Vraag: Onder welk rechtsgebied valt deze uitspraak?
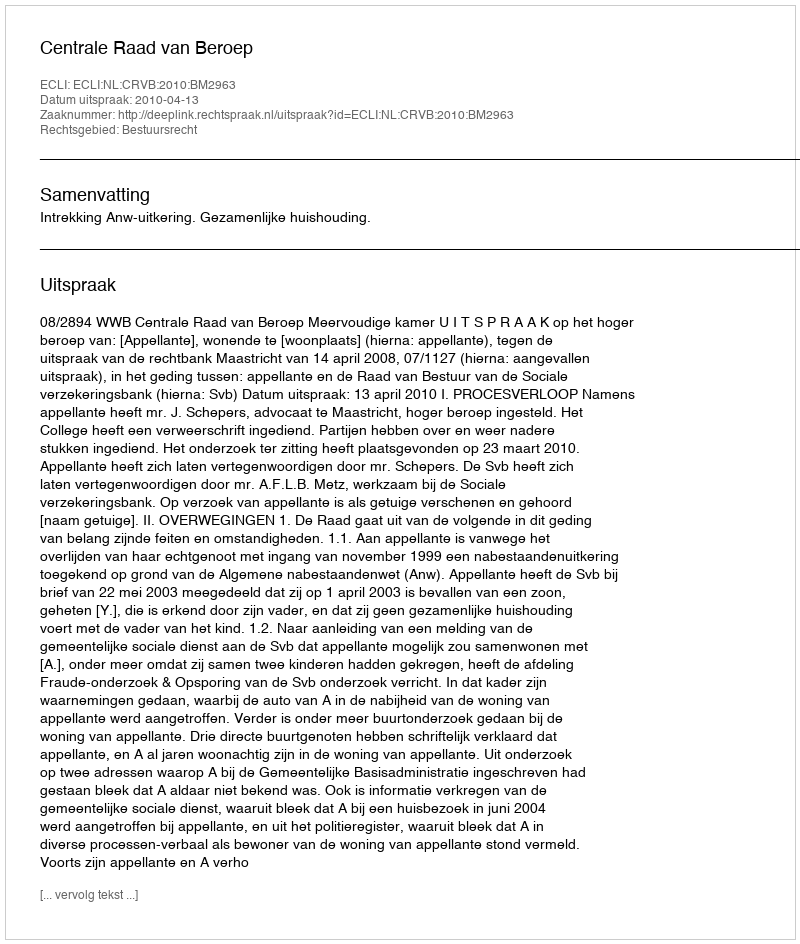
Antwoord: Bestuursrecht